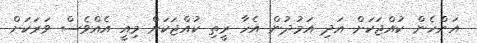
އަންހެން ކުއްޖަކަށް އަދި އަމުދުން އެހާ ރީތި ކުއްޖަކަށް މިއީ އެއްވެސް ވަރަކަށް